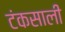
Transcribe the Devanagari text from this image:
टंकसाली